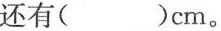
还有( )cm。